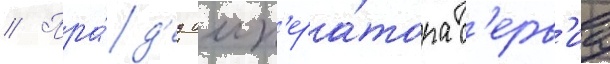
// Пра́д'ед имп'ера́тора с'ерв'иа